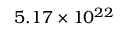
5 . 1 7 \times 1 0 ^ { 2 2 }